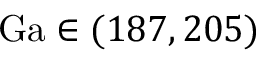
\mathrm { G a } \in ( 1 8 7 , 2 0 5 )